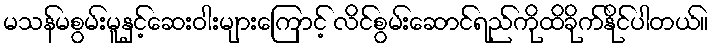
မသန်မစွမ်းမူနှင့်ဆေးဝါးများကြောင့် လိင်စွမ်းဆောင်ရည်ကိုထိခိုက်နိုင်ပါတယ်။